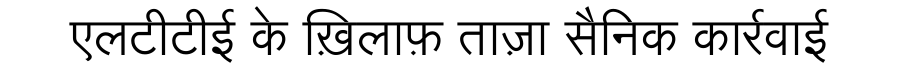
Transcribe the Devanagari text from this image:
एलटीटीई के ख़िलाफ़ ताज़ा सैनिक कार्रवाई